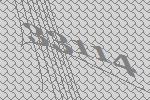
33114